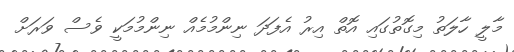
މާލީ ހާލަތު މިގޮތުގައި އޮތް އިރު އެފަދަ ނިންމުމެއް ނިންމުމަކީ ވެސް ވަރަށް